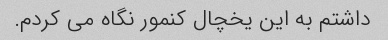
داشتم به این یخچال کنمور نگاه می کردم.